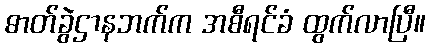
ဓာတ်ခွဲဌာနဘက်က အစီရင်ခံ ထွက်လာပြီ။